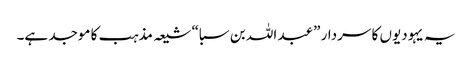
یہ یہودیوں کا سردار ”عبد اللہ بن سبا“ شیعہ مذہب کا موجد ہے۔